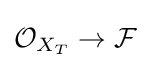
{\mathcal {O}}_{X_{T}}\to {\mathcal {F}}